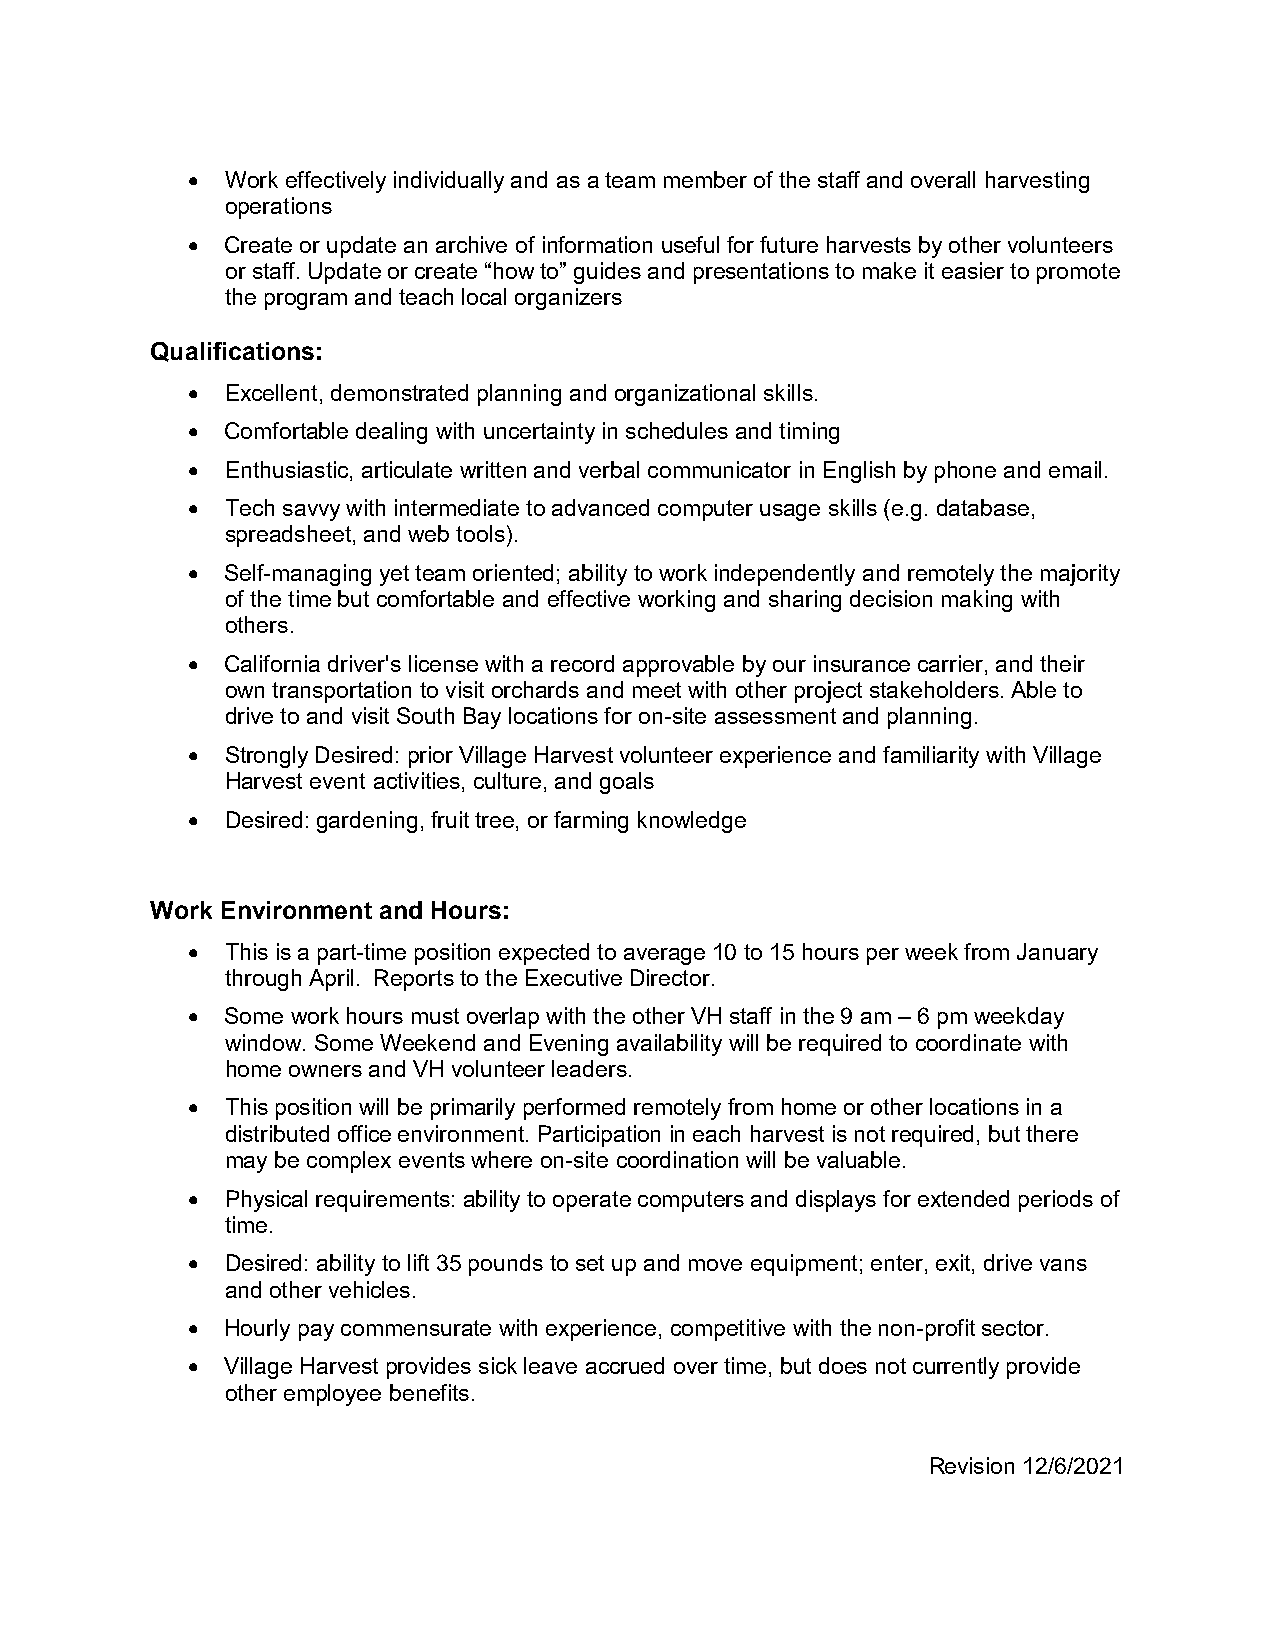
  Work effectively individually and as a team member of the staff and overall harvesting
 operations
   Create or update an archive of information useful for future harvests by other volunteers
 or staff. Update or create “how to” guides and presentations to make it easier to promote
 the program and teach local organizers
 Qualifications:
   Excellent, demonstrated planning and organizational skills.
   Comfortable dealing with uncertainty in schedules and timing
   Enthusiastic, articulate written and verbal communicator in English by phone and email.
   Tech savvy with intermediate to advanced computer usage skills (e.g. database,
 spreadsheet, and web tools).
   Self-managing yet team oriented; ability to work independently and remotely the majority
 of the time but comfortable and effective working and sharing decision making with
 others.
   California driver's license with a record approvable by our insurance carrier, and their
 own transportation to visit orchards and meet with other project stakeholders. Able to
 drive to and visit South Bay locations for on-site assessment and planning.
   Strongly Desired: prior Village Harvest volunteer experience and familiarity with Village
 Harvest event activities, culture, and goals
   Desired: gardening, fruit tree, or farming knowledge
 Work Environment and Hours:
   This is a part-time position expected to average 10 to 15 hours per week from January
 through April. Reports to the Executive Director.
   Some work hours must overlap with the other VH staff in the 9 am – 6 pm weekday
 window. Some Weekend and Evening availability will be required to coordinate with
 home owners and VH volunteer leaders.
   This position will be primarily performed remotely from home or other locations in a
 distributed office environment. Participation in each harvest is not required, but there
 may be complex events where on-site coordination will be valuable.
   Physical requirements: ability to operate computers and displays for extended periods of
 time.
   Desired: ability to lift 35 pounds to set up and move equipment; enter, exit, drive vans
 and other vehicles.
   Hourly pay commensurate with experience, competitive with the non-profit sector.
   Village Harvest provides sick leave accrued over time, but does not currently provide
 other employee benefits.
 Revision 12/6/2021